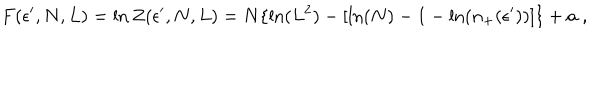
F ( \epsilon ^ { \prime } , N , L ) = \ln Z ( \epsilon ^ { \prime } , N , L ) = N \{ \ln ( L ^ { 2 } ) - [ \ln ( N ) - 1 - \ln ( n _ { + } ( \epsilon ^ { \prime } ) ) ] \} + a \; ,